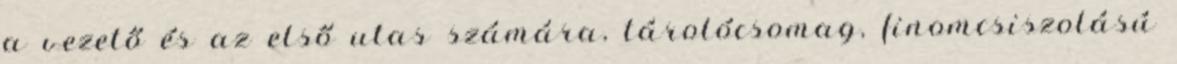
a vezető és az első utas számára, tárolócsomag, finomcsiszolású